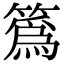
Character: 䈧